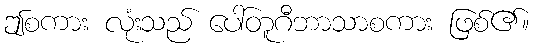
ဤစကား လုံးသည် ပေါ်တူဂီဘာသာစကား ဖြစ်၏။